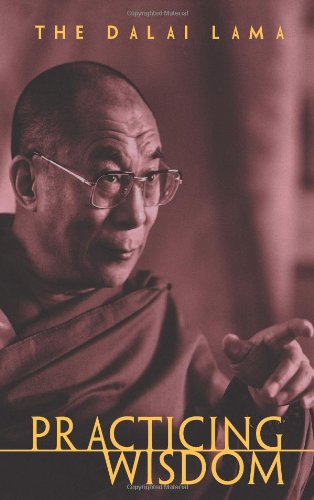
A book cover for Practicing Wisdom: The Perfection of Shantideva's Bodhisattva Way; His Holiness the Dalai Lama; Religion & Spirituality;